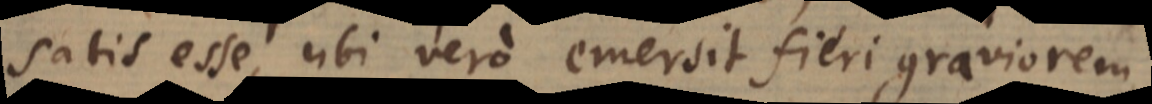
satis esse, ubi vero emersit fieri graviorem